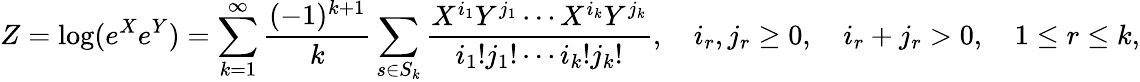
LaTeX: Z=\log(e^{X}e^{Y})=\sum_{k=1}^{\infty}{\frac{(-1)^{k+1}}{k}}\sum_{s\in S_{k}}{\frac{X^{i_{1}}Y^{j_{1}}\cdots X^{i_{k}}Y^{j_{k}}}{i_{1}!j_{1}!\cdots i_{k}!j_{k}!}},\quad i_{r},j_{r}\geq 0,\quad i_{r}+j_{r}>0,\quad 1\leq r\leq k,